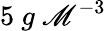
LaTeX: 5\ g\ \mathscr{M}^{-3}